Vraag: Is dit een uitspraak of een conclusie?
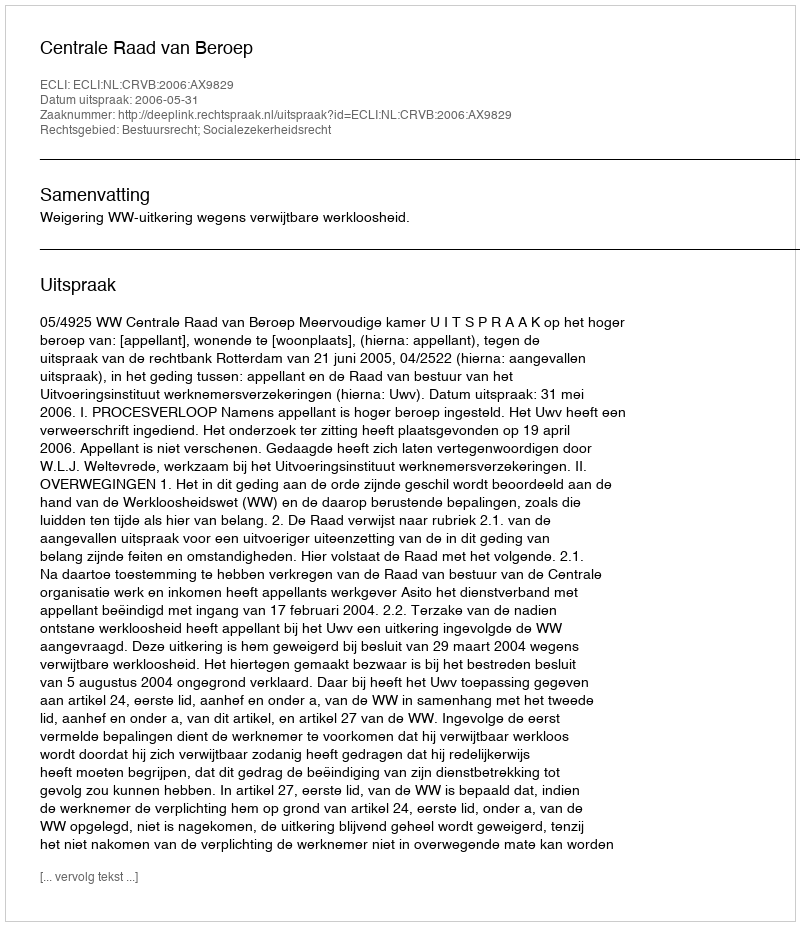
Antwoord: Uitspraak